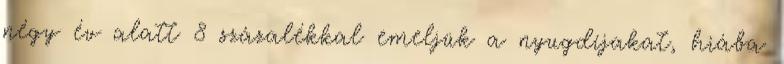
négy év alatt 8 százalékkal emeljük a nyugdíjakat, hiába